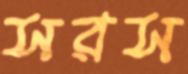
সরস